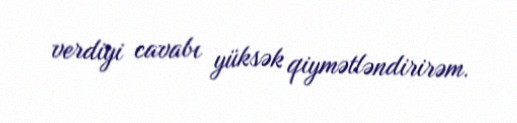
verdiyi cavabı yüksək qiymətləndirirəm.